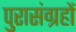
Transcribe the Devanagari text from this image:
पुरासंग्रहों